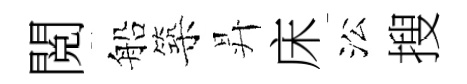
閲船築昇床㳂搜